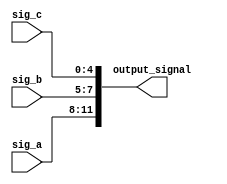
module concatenation_example (
    input wire [3:0] sig_a,  // 4-bit signal
    input wire [2:0] sig_b,  // 3-bit signal
    input wire [4:0] sig_c,  // 5-bit signal
    output wire [11:0] output_signal // 12-bit concatenated output
);

// Continuous assignment using concatenation operator
assign output_signal = {sig_a, sig_b, sig_c}; // Concatenate sig_a, sig_b, and sig_c

endmodule